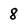
Character: 8